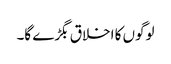
لوگوں کا اخلاق بگڑے گا۔